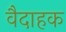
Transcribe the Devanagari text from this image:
वैदाहक